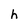
Character: h